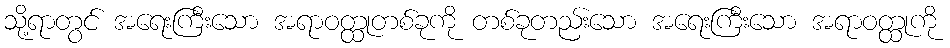
သို့ရာတွင် အရေးကြီးသော အရာဝတ္ထုတစ်ခုကို တစ်ခုတည်းသော အရေးကြီးသော အရာဝတ္ထုကို